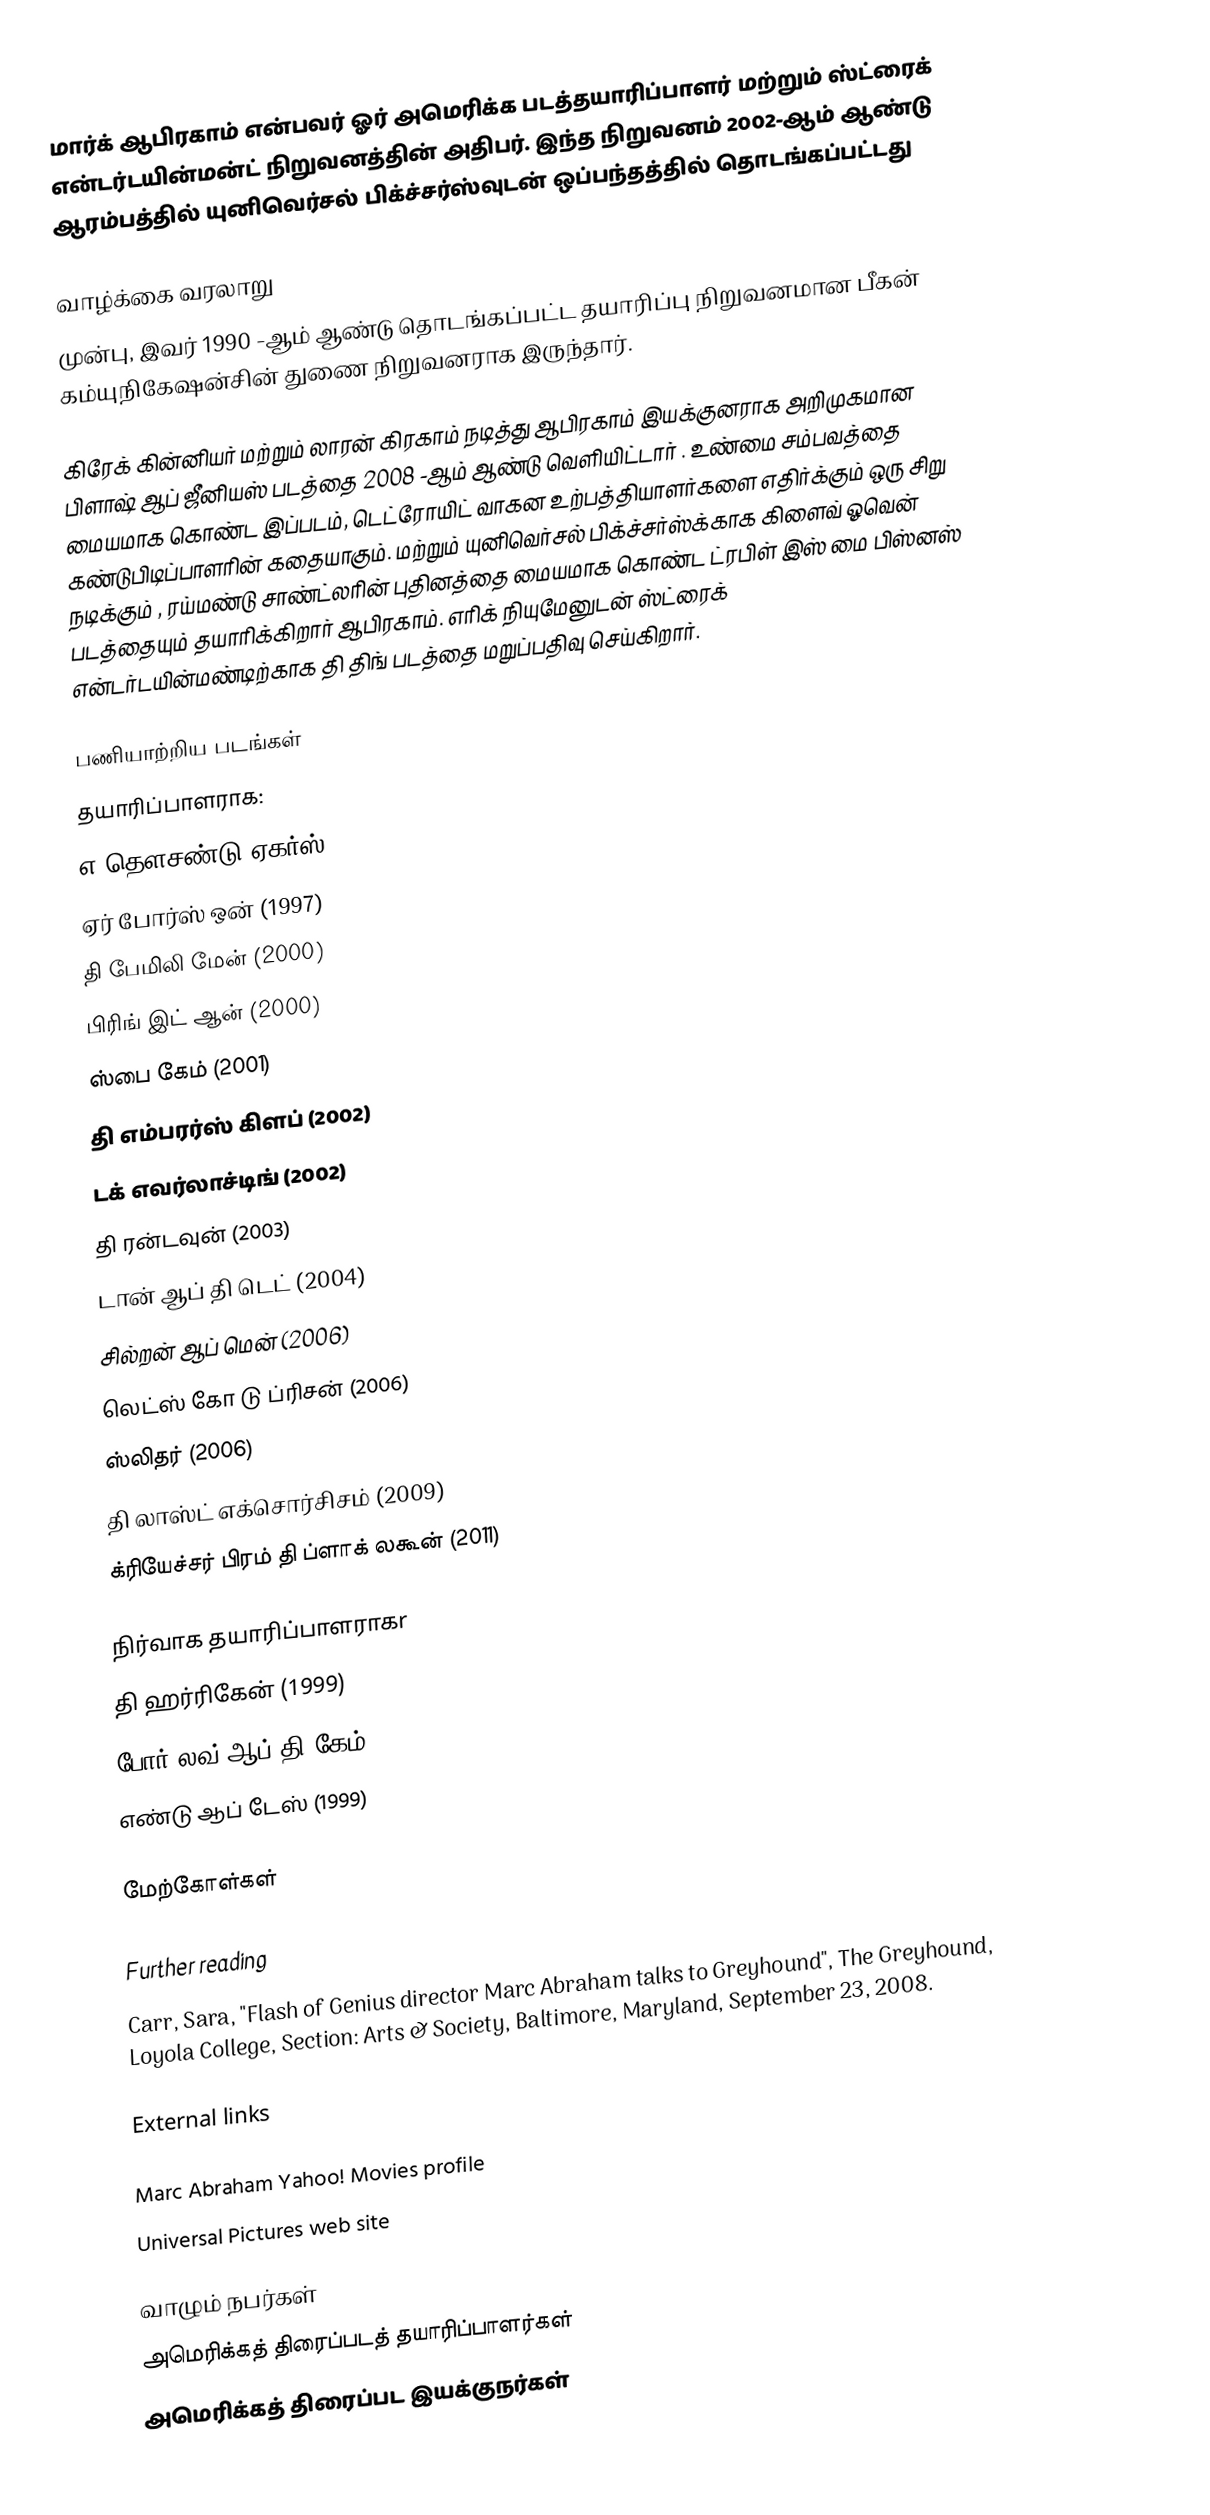
மார்க் ஆபிரகாம் என்பவர் ஓர் அமெரிக்க படத்தயாரிப்பாளர் மற்றும் ஸ்ட்ரைக் என்டர்டயின்மன்ட் நிறுவனத்தின் அதிபர். இந்த நிறுவனம் 2002-ஆம் ஆண்டு ஆரம்பத்தில் யுனிவெர்சல் பிக்ச்சர்ஸ்வுடன் ஒப்பந்தத்தில் தொடங்கப்பட்டது

வாழ்க்கை வரலாறு
முன்பு, இவர் 1990 -ஆம் ஆண்டு தொடங்கப்பட்ட தயாரிப்பு நிறுவனமான பீகன் கம்யுநிகேஷன்சின் துணை நிறுவனராக இருந்தார்.

கிரேக் கின்னியர் மற்றும் லாரன் கிரகாம் நடித்து ஆபிரகாம் இயக்குனராக அறிமுகமான பிளாஷ் ஆப் ஜீனியஸ் படத்தை 2008 -ஆம் ஆண்டு வெளியிட்டார் . உண்மை சம்பவத்தை மையமாக கொண்ட இப்படம், டெட்ரோயிட்  வாகன உற்பத்தியாளர்களை எதிர்க்கும் ஒரு சிறு கண்டுபிடிப்பாளரின் கதையாகும். மற்றும் யுனிவெர்சல் பிக்ச்சர்ஸ்க்காக கிளைவ் ஓவென் நடிக்கும் , ரய்மண்டு சாண்ட்லரின் புதினத்தை மையமாக கொண்ட ட்ரபிள் இஸ் மை பிஸ்னஸ் படத்தையும் தயாரிக்கிறார் ஆபிரகாம். எரிக் நியுமேனுடன் ஸ்ட்ரைக் என்டர்டயின்மண்டிற்காக தி திங்  படத்தை மறுப்பதிவு  செய்கிறார்.

பணியாற்றிய படங்கள்
தயாரிப்பாளராக:
 எ தௌசண்டு ஏகர்ஸ் (1997)
 ஏர் போர்ஸ் ஒன் (1997)
 தி பேமிலி மேன் (2000)
 பிரிங் இட் ஆன் (2000)
 ஸ்பை கேம் (2001)
 தி எம்பரர்ஸ் கிளப் (2002)
 டக் எவர்லாச்டிங் (2002)
 தி ரன்டவுன் (2003)
 டான் ஆப் தி டெட் (2004)
 சில்றன் ஆப் மென் (2006)
 லெட்ஸ் கோ டு ப்ரிசன் (2006)
 ஸ்லிதர் (2006)
 தி லாஸ்ட் எக்சொர்சிசம் (2009)
 க்ரியேச்சர் பிரம் தி ப்ளாக் லகூன் (2011)

நிர்வாக தயாரிப்பாளராகr
 தி ஹர்ரிகேன் (1999)
 போர் லவ் ஆப் தி கேம் (1999)
 எண்டு ஆப் டேஸ் (1999)

மேற்கோள்கள்

Further reading
 Carr, Sara, "Flash of Genius director Marc Abraham talks to Greyhound", The Greyhound, Loyola College, Section: Arts & Society, Baltimore, Maryland, September 23, 2008.

External links

 Marc Abraham Yahoo! Movies profile
 Universal Pictures web site

வாழும் நபர்கள்
அமெரிக்கத் திரைப்படத் தயாரிப்பாளர்கள்
அமெரிக்கத் திரைப்பட இயக்குநர்கள்